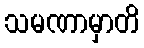
သမဏာမှာတိ